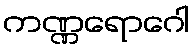
ကဏ္ဏရောဂေါ